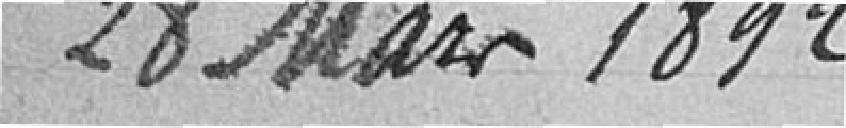
28 mars 1892